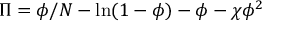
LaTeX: \Pi = \phi / N - \ln ( 1 - \phi ) - \phi - \chi \phi ^ { 2 }